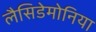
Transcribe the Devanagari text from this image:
लैसिडेमोनिया